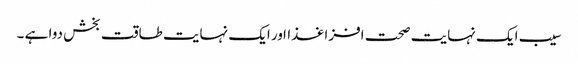
سیب ایک نہایت صحت افزا غذااور ایک نہایت طاقت بخش دوا ہے ۔